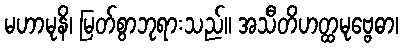
မဟာမုနိ၊ မြတ်စွာဘုရားသည်။ အသီတိဟတ္ထမုဗ္ဗေဓာ၊